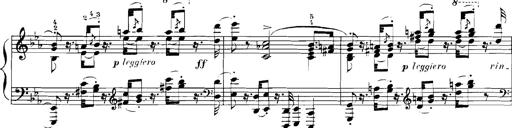
Title: Rhapsodies hongroises
Composer: Franz Liszt